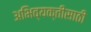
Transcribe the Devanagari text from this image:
अभिव्यक्तीसाठी